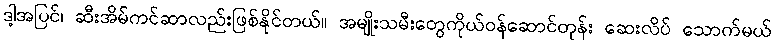
ဒါ့အပြင်၊ ဆီးအိမ်ကင်ဆာလည်းဖြစ်နိုင်တယ်။ အမျိုးသမီးတွေကိုယ်ဝန်ဆောင်တုန်း ဆေးလိပ် သောက်မယ်